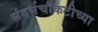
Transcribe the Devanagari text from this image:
संदर्भचौकटीच्या